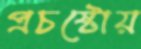
প্রচষ্টোয়